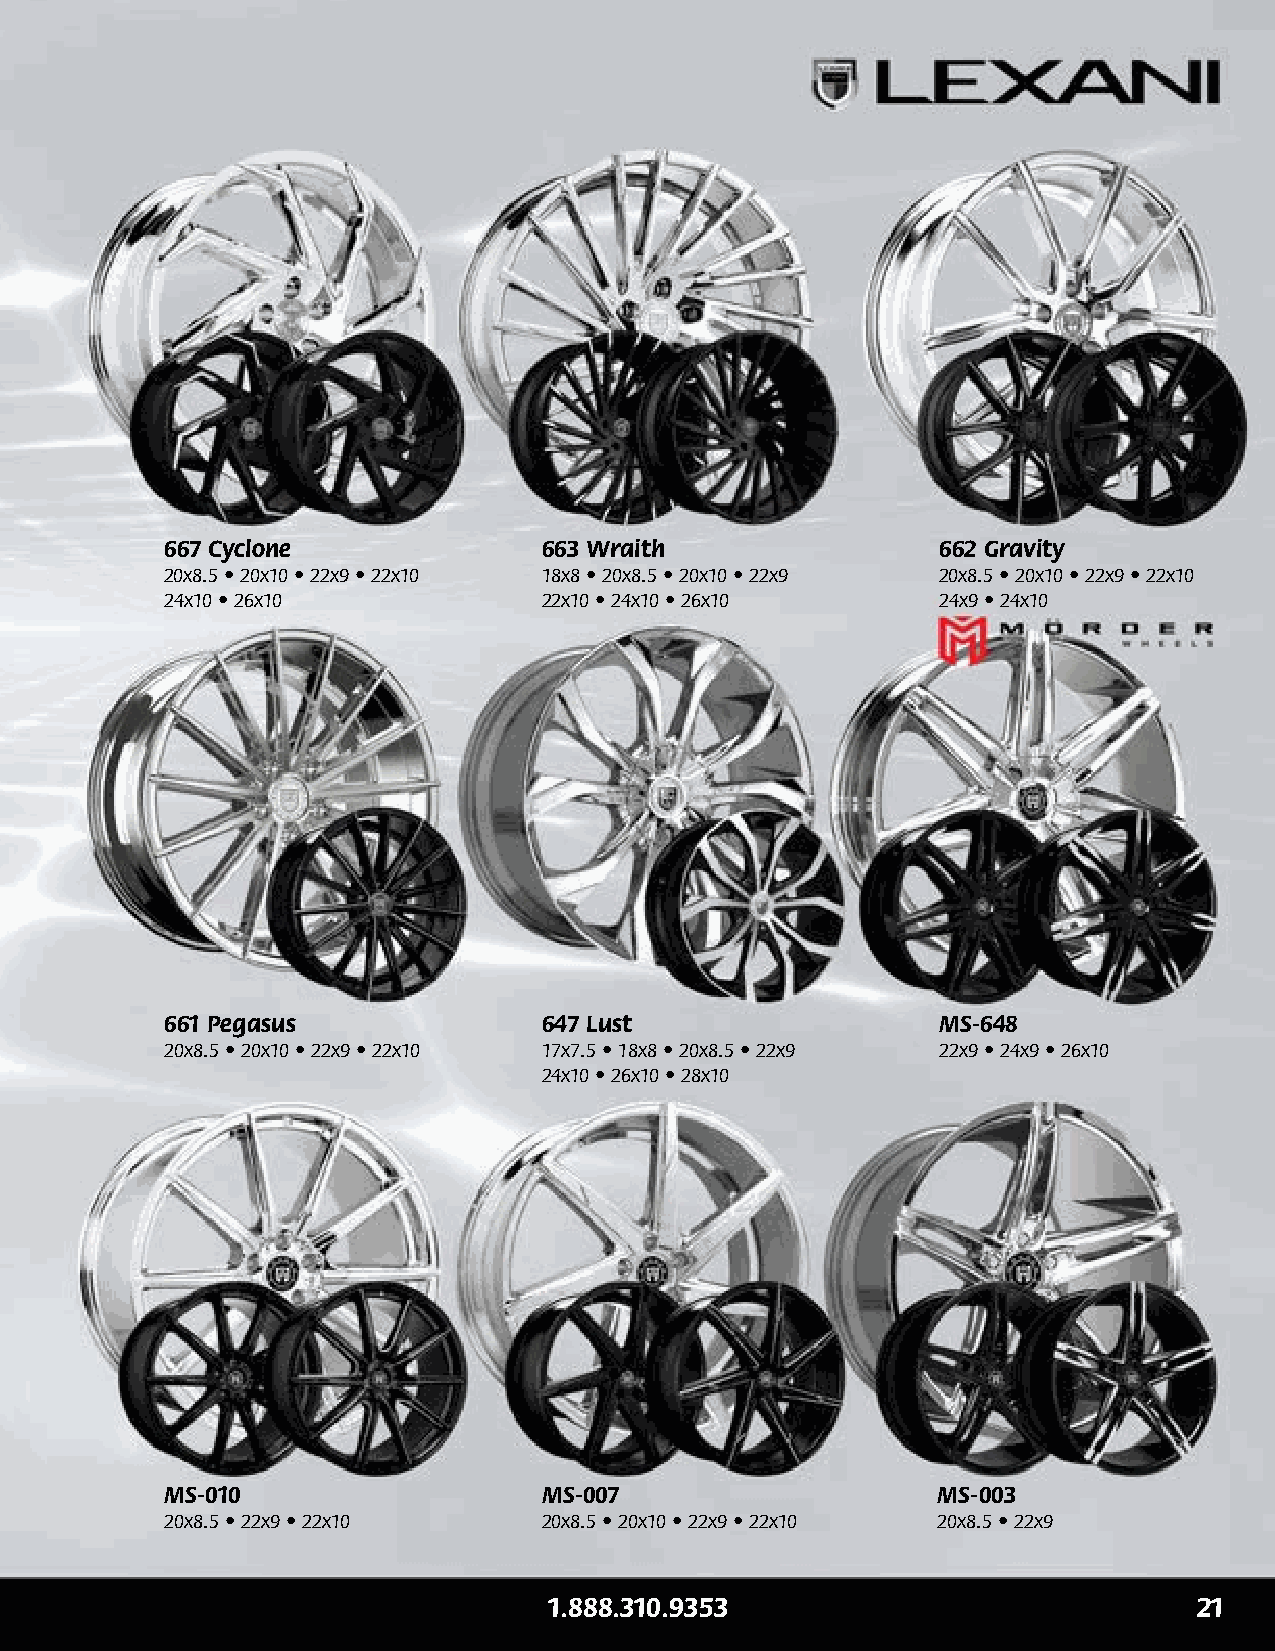
667 Cyclone              663 Wraith                662 Gravity
 20x8.5 • 20x10 • 22x9 • 22x10 18x8 • 20x8.5 • 20x10 • 22x9 20x8.5 • 20x10 • 22x9 • 22x10
 24x10 • 26x10            22x10 • 24x10 • 26x10     24x9 • 24x10
 661 Pegasus              647 Lust                  MS-648
 20x8.5 • 20x10 • 22x9 • 22x10 17x7.5 • 18x8 • 20x8.5 • 22x9 22x9 • 24x9 • 26x10
 24x10 • 26x10 • 28x10
 MS-010                   MS-007                    MS-003
 20x8.5 • 22x9 • 22x10    20x8.5 • 20x10 • 22x9 • 22x10 20x8.5 • 22x9
 1.888.310.9353                             21